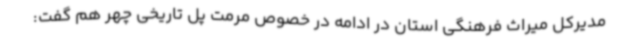
مدیرکل میراث فرهنگی استان در ادامه در خصوص مرمت پل تاریخی چهر هم گفت: